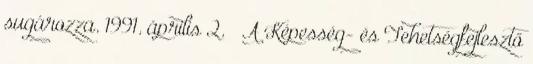
sugározza. 1991. április 2. – A Képesség- és Tehetségfejlesztő